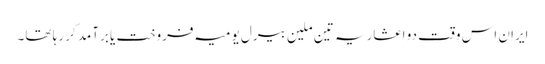
ایران اس وقت دو اعشاریہ تین ملین بیرل یومیہ فروخت یا برآمد کر رہا تھا۔